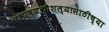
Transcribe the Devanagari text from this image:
संभाषणकौशल्यासाठीच्या